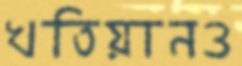
খতিয়ানও